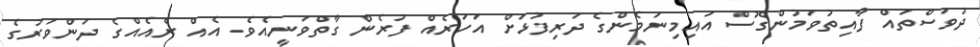
ދުވަސްތައް ފާއިތުވަމުންގޮސް އައިމިނަމެންގެ ދަރިފުޅަށް އަހަރެއް ފުރެން ގާތްވަނީއެވެ. އެއް ރެއެއްގެ ދަންވަރުގެ